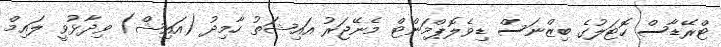
ޓްރޭޑާސް ހޮޓަލުގެ ބިޒްނަސް ޑިވެލޮޕްމަންޓް މެނޭޖަރު އައިޝަތު ހާމިދު (އައިޝް) ވިދާޅުވީ ލައިމް